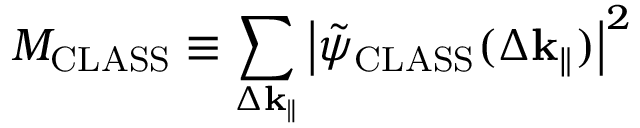
M _ { \mathrm { C L A S S } } \equiv \sum _ { \Delta \mathbf { k } _ { \parallel } } \left| \Tilde { \psi } _ { \mathrm { C L A S S } } ( \Delta \mathbf { k } _ { \parallel } ) \right| ^ { 2 }